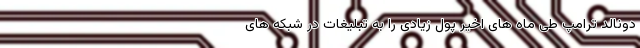
دونالد ترامپ طی ماه های اخیر پول زیادی را به تبلیغات در شبکه های